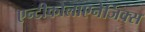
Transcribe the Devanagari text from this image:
एन्टीकोलाएनेर्जिक्स